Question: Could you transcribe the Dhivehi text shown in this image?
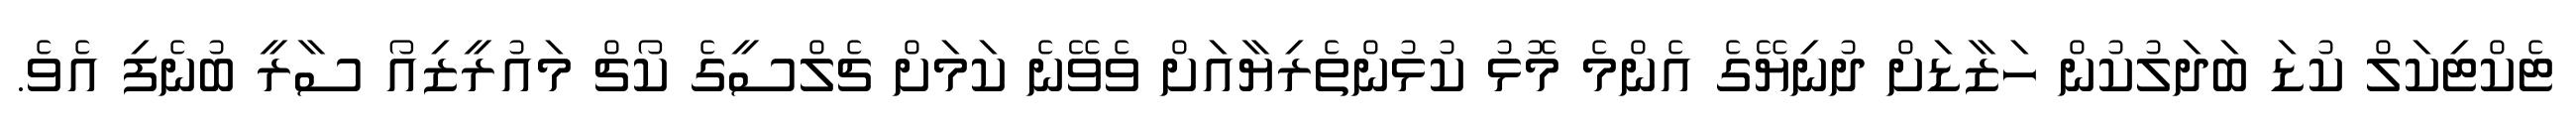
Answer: ޓެކްޓިކަލް ކުޑަ ބަދަލުކުން ހަޒާޑަށް ދުނިޔޭގެ އެންމެ މޮޅު ކުޅުންތެރިޔާއަށް ވެވޭނެ ކަމަށް ޗެލްސީގެ ކޯޗް މައުރީޒިއޯ ސާރީ ބުނެފި އެވެ.